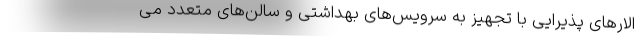
الارهای پذیرایی با تجهیز به سرویس‌های بهداشتی و سالن‌های متعدد می